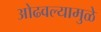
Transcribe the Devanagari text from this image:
ओढवल्यामुळे